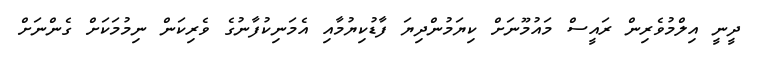
ދީނީ އިލްމުވެރިން ރައީސް މައުމޫނަށް ކިޔަމުންދިޔަ ފާޑުކިޔުމާއި އެމަނިކުފާނުގެ ވެރިކަން ނިމުމަކަށް ގެންނަށް